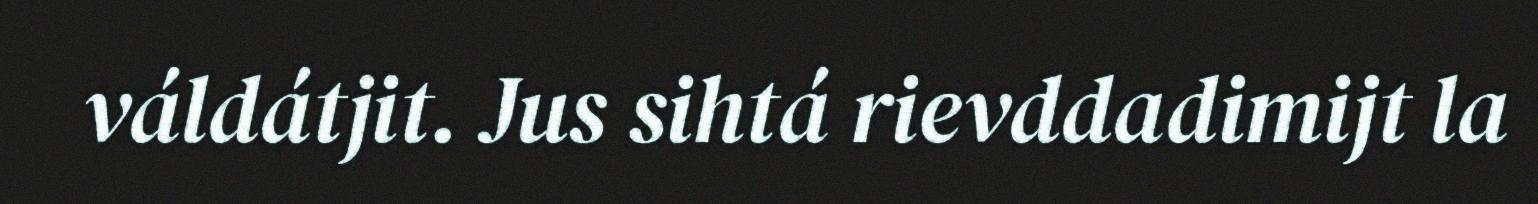
váldátjit. Jus sihtá rievddadimijt la